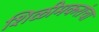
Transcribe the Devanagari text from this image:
शिळीमकरांचा